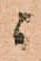
ニ